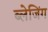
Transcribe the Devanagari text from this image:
ब्लेजिंग